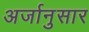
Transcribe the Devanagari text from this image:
अर्जानुसार